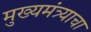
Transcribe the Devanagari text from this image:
मुख्यमंत्र्याचा